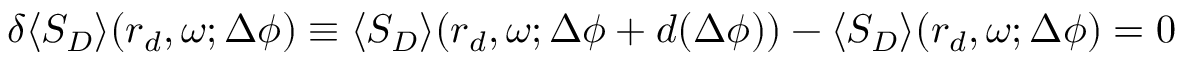
\begin{array} { r } { \delta \langle S _ { D } \rangle ( \boldsymbol { r } _ { d } , \omega ; \Delta \phi ) \equiv \langle S _ { D } \rangle ( \boldsymbol { r } _ { d } , \omega ; \Delta \phi + d ( \Delta \phi ) ) - \langle S _ { D } \rangle ( \boldsymbol { r } _ { d } , \omega ; \Delta \phi ) = 0 } \end{array}